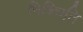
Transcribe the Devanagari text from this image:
निश्चिति